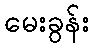
မေးခွန်း